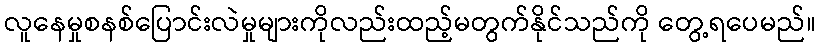
လူနေမှုစနစ်ပြောင်းလဲမှုများကိုလည်းထည့်မတွက်နိုင်သည်ကို တွေ့ရပေမည်။